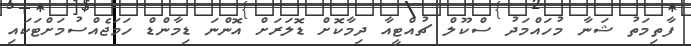
ފާތިމަތު ޝަނާ މުހައްމަދު ސްކޫލް ޗުއްޓީއާ ދިމާކޮށް ޑޮލަރަށް އޮންނަ ޑިމާންޑް ހަމަޖެއްސުމަށްޓަކައި